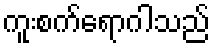
ကူးစက်ရောဂါသည်